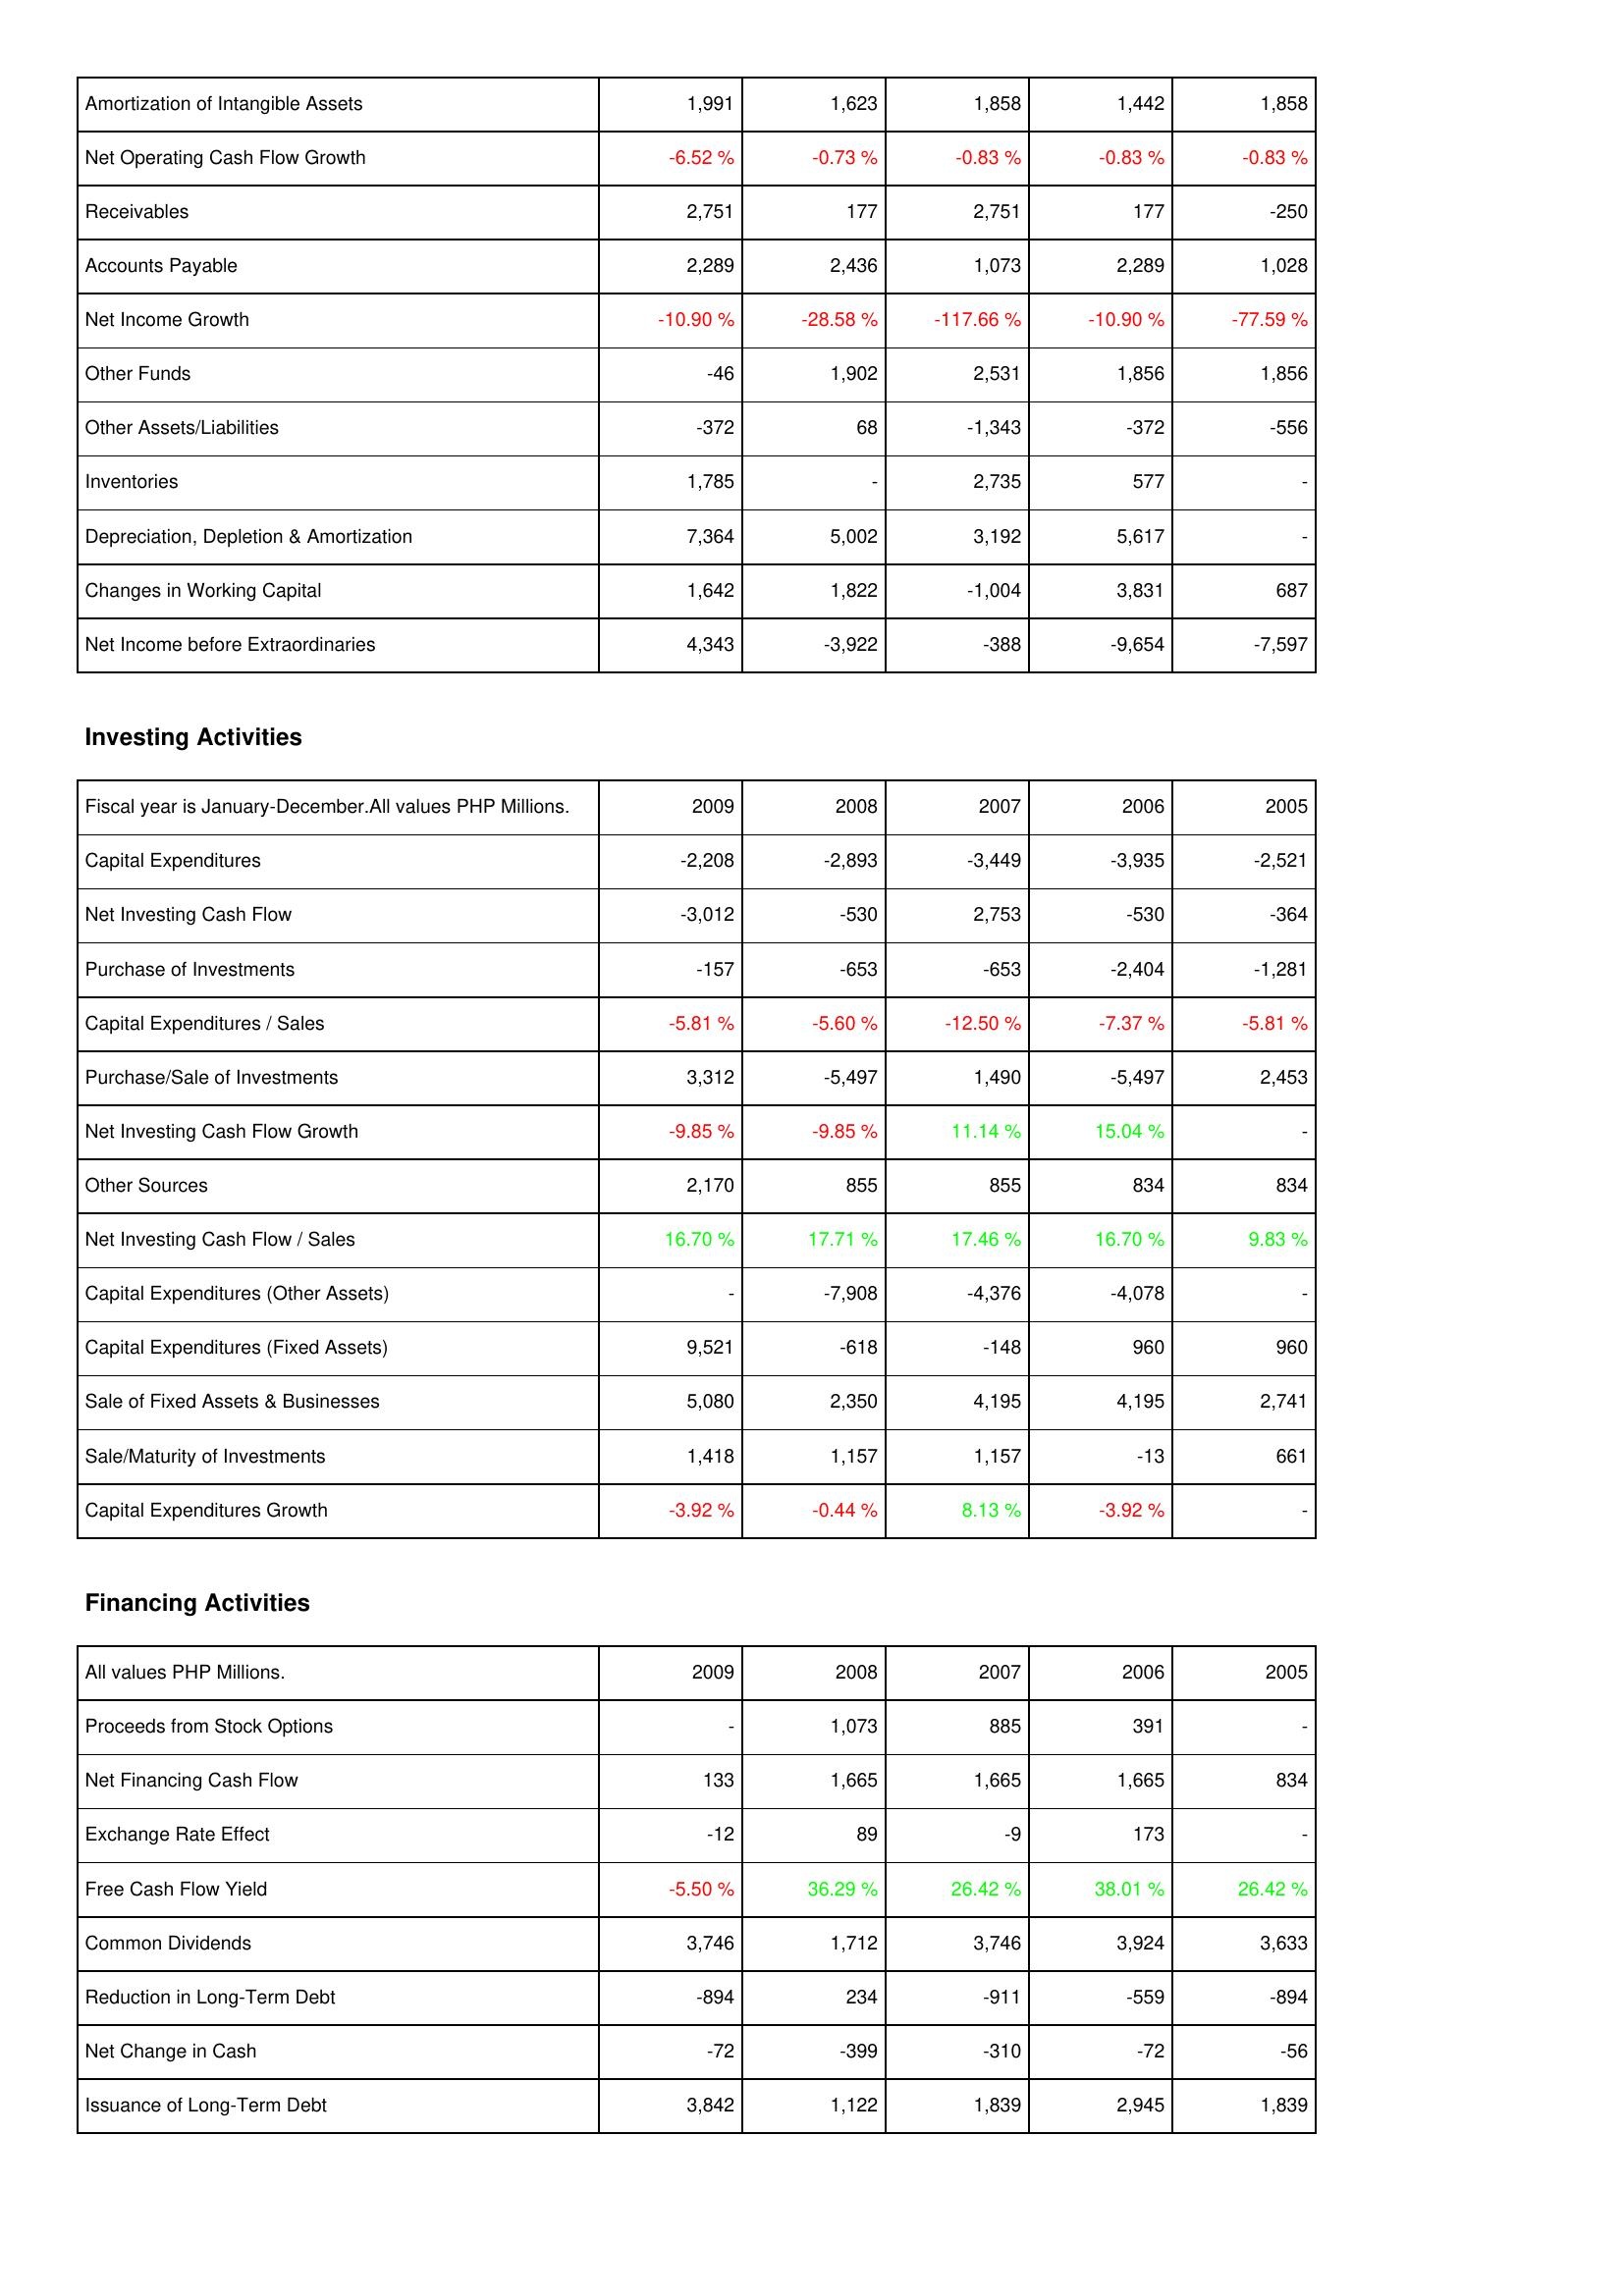
2009: Operating Activities: Amortization of Intangible Assets: 1,991
Net Operating Cash Flow Growth: -6.52 %
Receivables: 2,751
Accounts Payable: 2,289
Net Income Growth: -10.90 %
Other Funds: -46
Other Assets/Liabilities: -372
Inventories: 1,785
Depreciation, Depletion & Amortization: 7,364
Changes in Working Capital: 1,642
Net Income before Extraordinaries: 4,343
Investing Activities: Capital Expenditures: -2,208
Net Investing Cash Flow: -3,012
Purchase of Investments: -157
Capital Expenditures / Sales: -5.81 %
Purchase/Sale of Investments: 3,312
Net Investing Cash Flow Growth: -9.85 %
Other Sources: 2,170
Net Investing Cash Flow / Sales: 16.70 %
Capital Expenditures (Other Assets): -
Capital Expenditures (Fixed Assets): 9,521
Sale of Fixed Assets & Businesses: 5,080
Sale/Maturity of Investments: 1,418
Capital Expenditures Growth: -3.92 %
Financing Activities: Proceeds from Stock Options: -
Net Financing Cash Flow: 133
Exchange Rate Effect: -12
Free Cash Flow Yield: -5.50 %
Common Dividends: 3,746
Reduction in Long-Term Debt: -894
Net Change in Cash: -72
Issuance of Long-Term Debt: 3,842
2008: Operating Activities: Amortization of Intangible Assets: 1,623
Net Operating Cash Flow Growth: -0.73 %
Receivables: 177
Accounts Payable: 2,436
Net Income Growth: -28.58 %
Other Funds: 1,902
Other Assets/Liabilities: 68
Inventories: -
Depreciation, Depletion & Amortization: 5,002
Changes in Working Capital: 1,822
Net Income before Extraordinaries: -3,922
Investing Activities: Capital Expenditures: -2,893
Net Investing Cash Flow: -530
Purchase of Investments: -653
Capital Expenditures / Sales: -5.60 %
Purchase/Sale of Investments: -5,497
Net Investing Cash Flow Growth: -9.85 %
Other Sources: 855
Net Investing Cash Flow / Sales: 17.71 %
Capital Expenditures (Other Assets): -7,908
Capital Expenditures (Fixed Assets): -618
Sale of Fixed Assets & Businesses: 2,350
Sale/Maturity of Investments: 1,157
Capital Expenditures Growth: -0.44 %
Financing Activities: Proceeds from Stock Options: 1,073
Net Financing Cash Flow: 1,665
Exchange Rate Effect: 89
Free Cash Flow Yield: 36.29 %
Common Dividends: 1,712
Reduction in Long-Term Debt: 234
Net Change in Cash: -399
Issuance of Long-Term Debt: 1,122
2007: Operating Activities: Amortization of Intangible Assets: 1,858
Net Operating Cash Flow Growth: -0.83 %
Receivables: 2,751
Accounts Payable: 1,073
Net Income Growth: -117.66 %
Other Funds: 2,531
Other Assets/Liabilities: -1,343
Inventories: 2,735
Depreciation, Depletion & Amortization: 3,192
Changes in Working Capital: -1,004
Net Income before Extraordinaries: -388
Investing Activities: Capital Expenditures: -3,449
Net Investing Cash Flow: 2,753
Purchase of Investments: -653
Capital Expenditures / Sales: -12.50 %
Purchase/Sale of Investments: 1,490
Net Investing Cash Flow Growth: 11.14 %
Other Sources: 855
Net Investing Cash Flow / Sales: 17.46 %
Capital Expenditures (Other Assets): -4,376
Capital Expenditures (Fixed Assets): -148
Sale of Fixed Assets & Businesses: 4,195
Sale/Maturity of Investments: 1,157
Capital Expenditures Growth: 8.13 %
Financing Activities: Proceeds from Stock Options: 885
Net Financing Cash Flow: 1,665
Exchange Rate Effect: -9
Free Cash Flow Yield: 26.42 %
Common Dividends: 3,746
Reduction in Long-Term Debt: -911
Net Change in Cash: -310
Issuance of Long-Term Debt: 1,839
2006: Operating Activities: Amortization of Intangible Assets: 1,442
Net Operating Cash Flow Growth: -0.83 %
Receivables: 177
Accounts Payable: 2,289
Net Income Growth: -10.90 %
Other Funds: 1,856
Other Assets/Liabilities: -372
Inventories: 577
Depreciation, Depletion & Amortization: 5,617
Changes in Working Capital: 3,831
Net Income before Extraordinaries: -9,654
Investing Activities: Capital Expenditures: -3,935
Net Investing Cash Flow: -530
Purchase of Investments: -2,404
Capital Expenditures / Sales: -7.37 %
Purchase/Sale of Investments: -5,497
Net Investing Cash Flow Growth: 15.04 %
Other Sources: 834
Net Investing Cash Flow / Sales: 16.70 %
Capital Expenditures (Other Assets): -4,078
Capital Expenditures (Fixed Assets): 960
Sale of Fixed Assets & Businesses: 4,195
Sale/Maturity of Investments: -13
Capital Expenditures Growth: -3.92 %
Financing Activities: Proceeds from Stock Options: 391
Net Financing Cash Flow: 1,665
Exchange Rate Effect: 173
Free Cash Flow Yield: 38.01 %
Common Dividends: 3,924
Reduction in Long-Term Debt: -559
Net Change in Cash: -72
Issuance of Long-Term Debt: 2,945
2005: Operating Activities: Amortization of Intangible Assets: 1,858
Net Operating Cash Flow Growth: -0.83 %
Receivables: -250
Accounts Payable: 1,028
Net Income Growth: -77.59 %
Other Funds: 1,856
Other Assets/Liabilities: -556
Inventories: -
Depreciation, Depletion & Amortization: -
Changes in Working Capital: 687
Net Income before Extraordinaries: -7,597
Investing Activities: Capital Expenditures: -2,521
Net Investing Cash Flow: -364
Purchase of Investments: -1,281
Capital Expenditures / Sales: -5.81 %
Purchase/Sale of Investments: 2,453
Net Investing Cash Flow Growth: -
Other Sources: 834
Net Investing Cash Flow / Sales: 9.83 %
Capital Expenditures (Other Assets): -
Capital Expenditures (Fixed Assets): 960
Sale of Fixed Assets & Businesses: 2,741
Sale/Maturity of Investments: 661
Capital Expenditures Growth: -
Financing Activities: Proceeds from Stock Options: -
Net Financing Cash Flow: 834
Exchange Rate Effect: -
Free Cash Flow Yield: 26.42 %
Common Dividends: 3,633
Reduction in Long-Term Debt: -894
Net Change in Cash: -56
Issuance of Long-Term Debt: 1,839